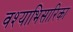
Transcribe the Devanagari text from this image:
वश्याभिसारिका